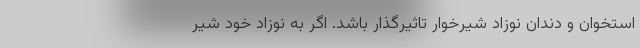
استخوان و دندان نوزاد شیرخوار تاثیرگذار باشد. اگر به نوزاد خود شیر